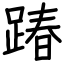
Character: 踳